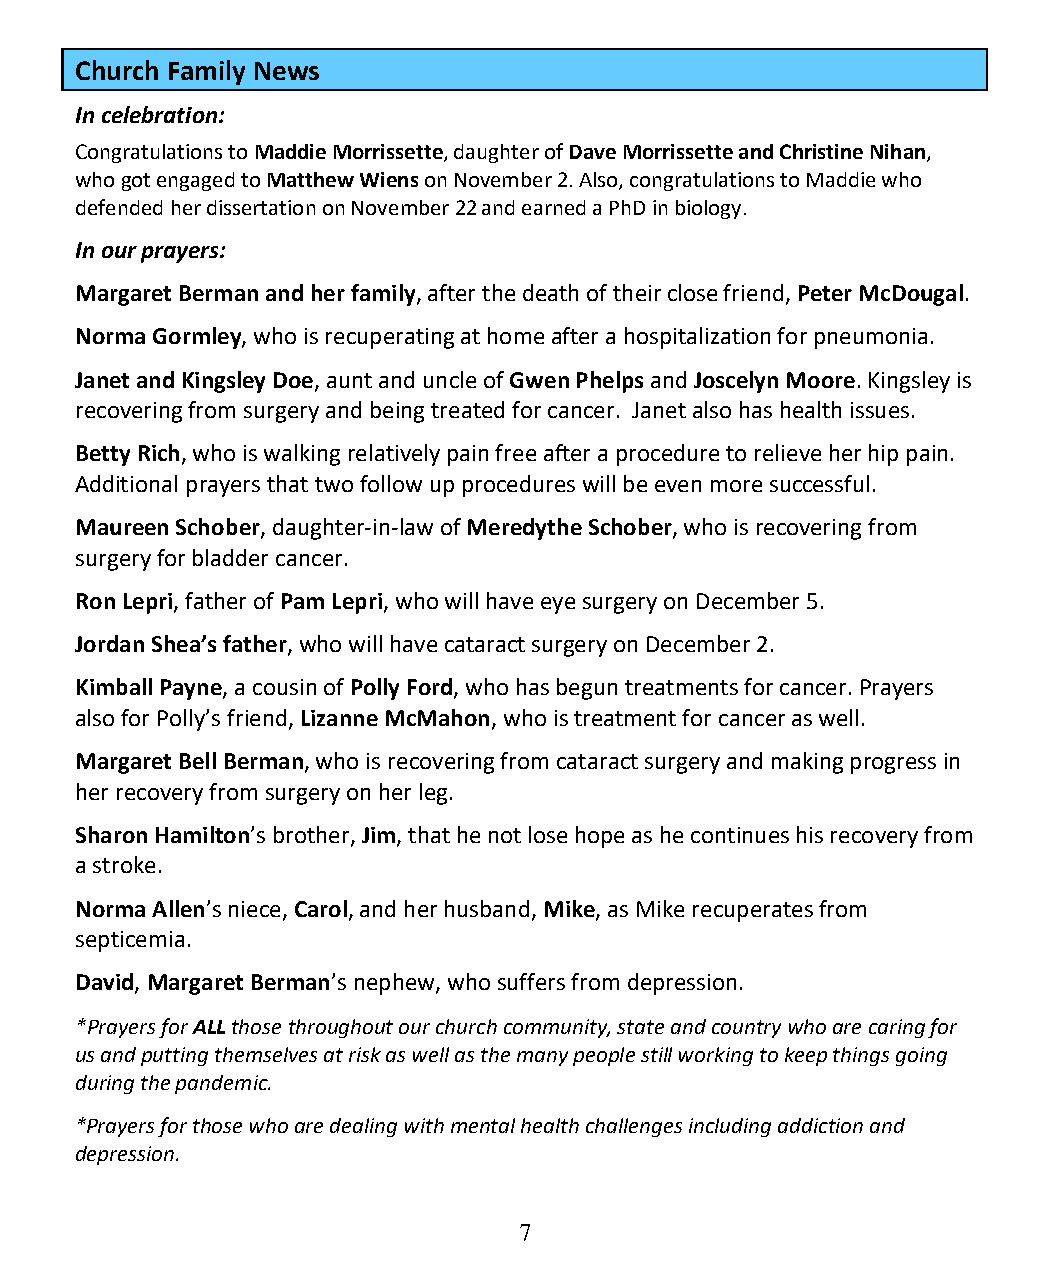
Church Family News
 In celebration:
 Congratulations to Maddie Morrissette, daughter of Dave Morrissette and Christine Nihan,
 who got engaged to Matthew Wiens on November 2. Also, congratulations to Maddie who
 defended her dissertation on November 22 and earned a PhD in biology.
 In our prayers:
 Margaret Berman and her family, after the death of their close friend, Peter McDougal.
 Norma Gormley, who is recuperating at home after a hospitalization for pneumonia.
 Janet and Kingsley Doe, aunt and uncle of Gwen Phelps and Joscelyn Moore. Kingsley is
 recovering from surgery and being treated for cancer. Janet also has health issues.
 Betty Rich, who is walking relatively pain free after a procedure to relieve her hip pain.
 Additional prayers that two follow up procedures will be even more successful.
 Maureen Schober, daughter-in-law of Meredythe Schober, who is recovering from
 surgery for bladder cancer.
 Ron Lepri, father of Pam Lepri, who will have eye surgery on December 5.
 Jordan Shea’s father, who will have cataract surgery on December 2.
 Kimball Payne, a cousin of Polly Ford, who has begun treatments for cancer. Prayers
 also for Polly’s friend, Lizanne McMahon, who is treatment for cancer as well.
 Margaret Bell Berman, who is recovering from cataract surgery and making progress in
 her recovery from surgery on her leg.
 Sharon Hamilton’s brother, Jim, that he not lose hope as he continues his recovery from
 a stroke.
 Norma Allen’s niece, Carol, and her husband, Mike, as Mike recuperates from
 septicemia.
 David, Margaret Berman’s nephew, who suffers from depression.
 *Prayers for ALL those throughout our church community, state and country who are caring for
 us and putting themselves at risk as well as the many people still working to keep things going
 during the pandemic.
 *Prayers for those who are dealing with mental health challenges including addiction and
 depression.
 7